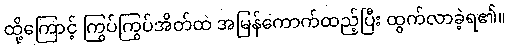
ထို့ကြောင့် ကြွပ်ကြွပ်အိတ်ထဲ အမြန်ကောက်ထည့်ပြီး ထွက်လာခဲ့ရ၏။